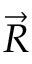
\Vec { R }